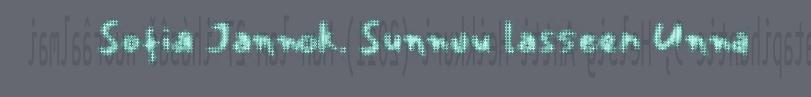
Sofia Jannok. Sunnuu lasseen Unna